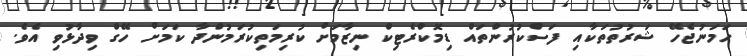
ހަމަނުޖެހޭ ޝަރުތުތަކާއި ފަސްކުރުންތައް ޑިމޮކްރެޓިކް ނިޒާމަށް ކުރިމަތިކުރަމުންދާ ކަމަށް ހޭގް ވިދާޅުވި އެވެ.